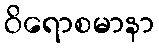
ဝိရောစမာနာ